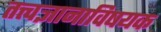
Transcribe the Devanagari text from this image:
तत्त्वज्ञानाविषयक